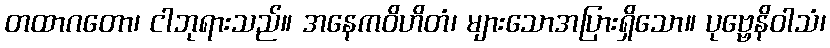
တထာဂတော၊ ငါဘုရားသည်။ အနေကဝိဟိတံ၊ များသောအပြားရှိသော။ ပုဗ္ဗေနိဝါသံ၊